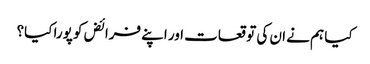
کیا ہم نے ان کی توقعات اور اپنے فرائض کو پورا کیا؟